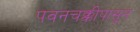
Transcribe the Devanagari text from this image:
पवनचक्कीपासून